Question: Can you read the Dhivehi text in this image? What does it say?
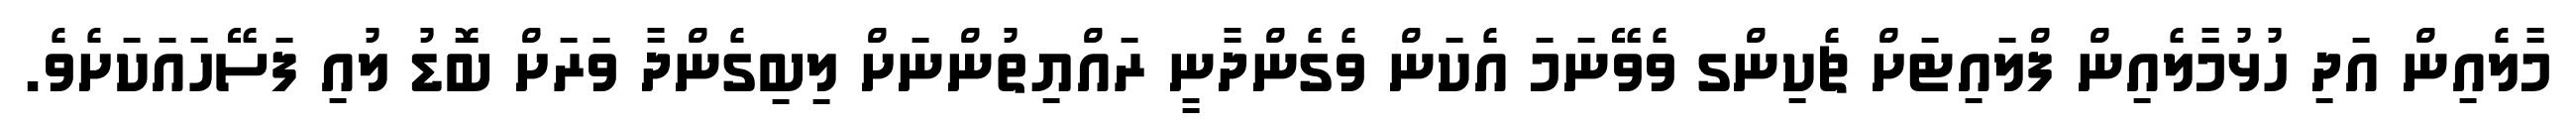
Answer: މާލެއިން އަދި ހުޅުމާލެއިން ފްލައިޓަށް ޗެކިންގ ވެވޭނަމަ އެކަން ވެގެންދާނީ ރައްޔިތުންނަށް ލިބިގެންދާ ވަރަށް ބޮޑު ލުއި ފަސޭހައަކަށެވެ.